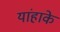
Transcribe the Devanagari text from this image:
यांहाके